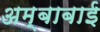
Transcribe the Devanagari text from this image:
अम्बाबाई